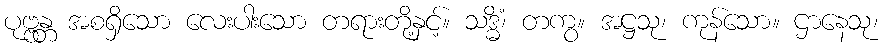
ပုဗ္ဗန္တ အစရှိသော လေးပါးသော တရားတို့နှင့်။ သဒ္ဓိံ၊ တကွ။ အဋ္ဌသု၊ ကုန်သော။ ဌာနေသု၊